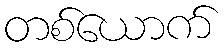
တစ်ယောက်